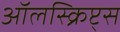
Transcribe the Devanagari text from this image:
ऑलस्क्रिप्ट्स